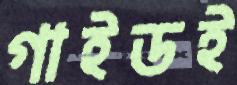
গাইডই